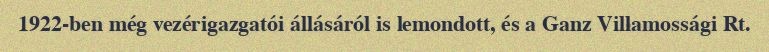
1922-ben még vezérigazgatói állásáról is lemondott, és a Ganz Villamossági Rt.